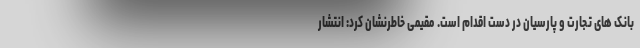
بانک های تجارت و پارسیان در دست اقدام است. مقیمی خاطرنشان کرد: انتشار